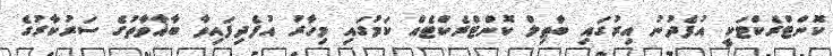
ކޮންޓްރެކްޓަކީ އުފެދުނު އިރުގައި ބާޠިލް ކޮންޓްރެކްޓެއް ކަމުގައި މިހާރު އުފެދިފައިވާ ބާޣާވާތުގެ ސަރުކާރުގެ